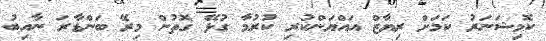
ކޮމިޝަނަރު ކަމަށް ރިޔާޒް އައްޔަންކުރި ކުރުމާ ގުޅޭ ގޮތުން މިރޭ ބަންޑާރަ ނާއިބު